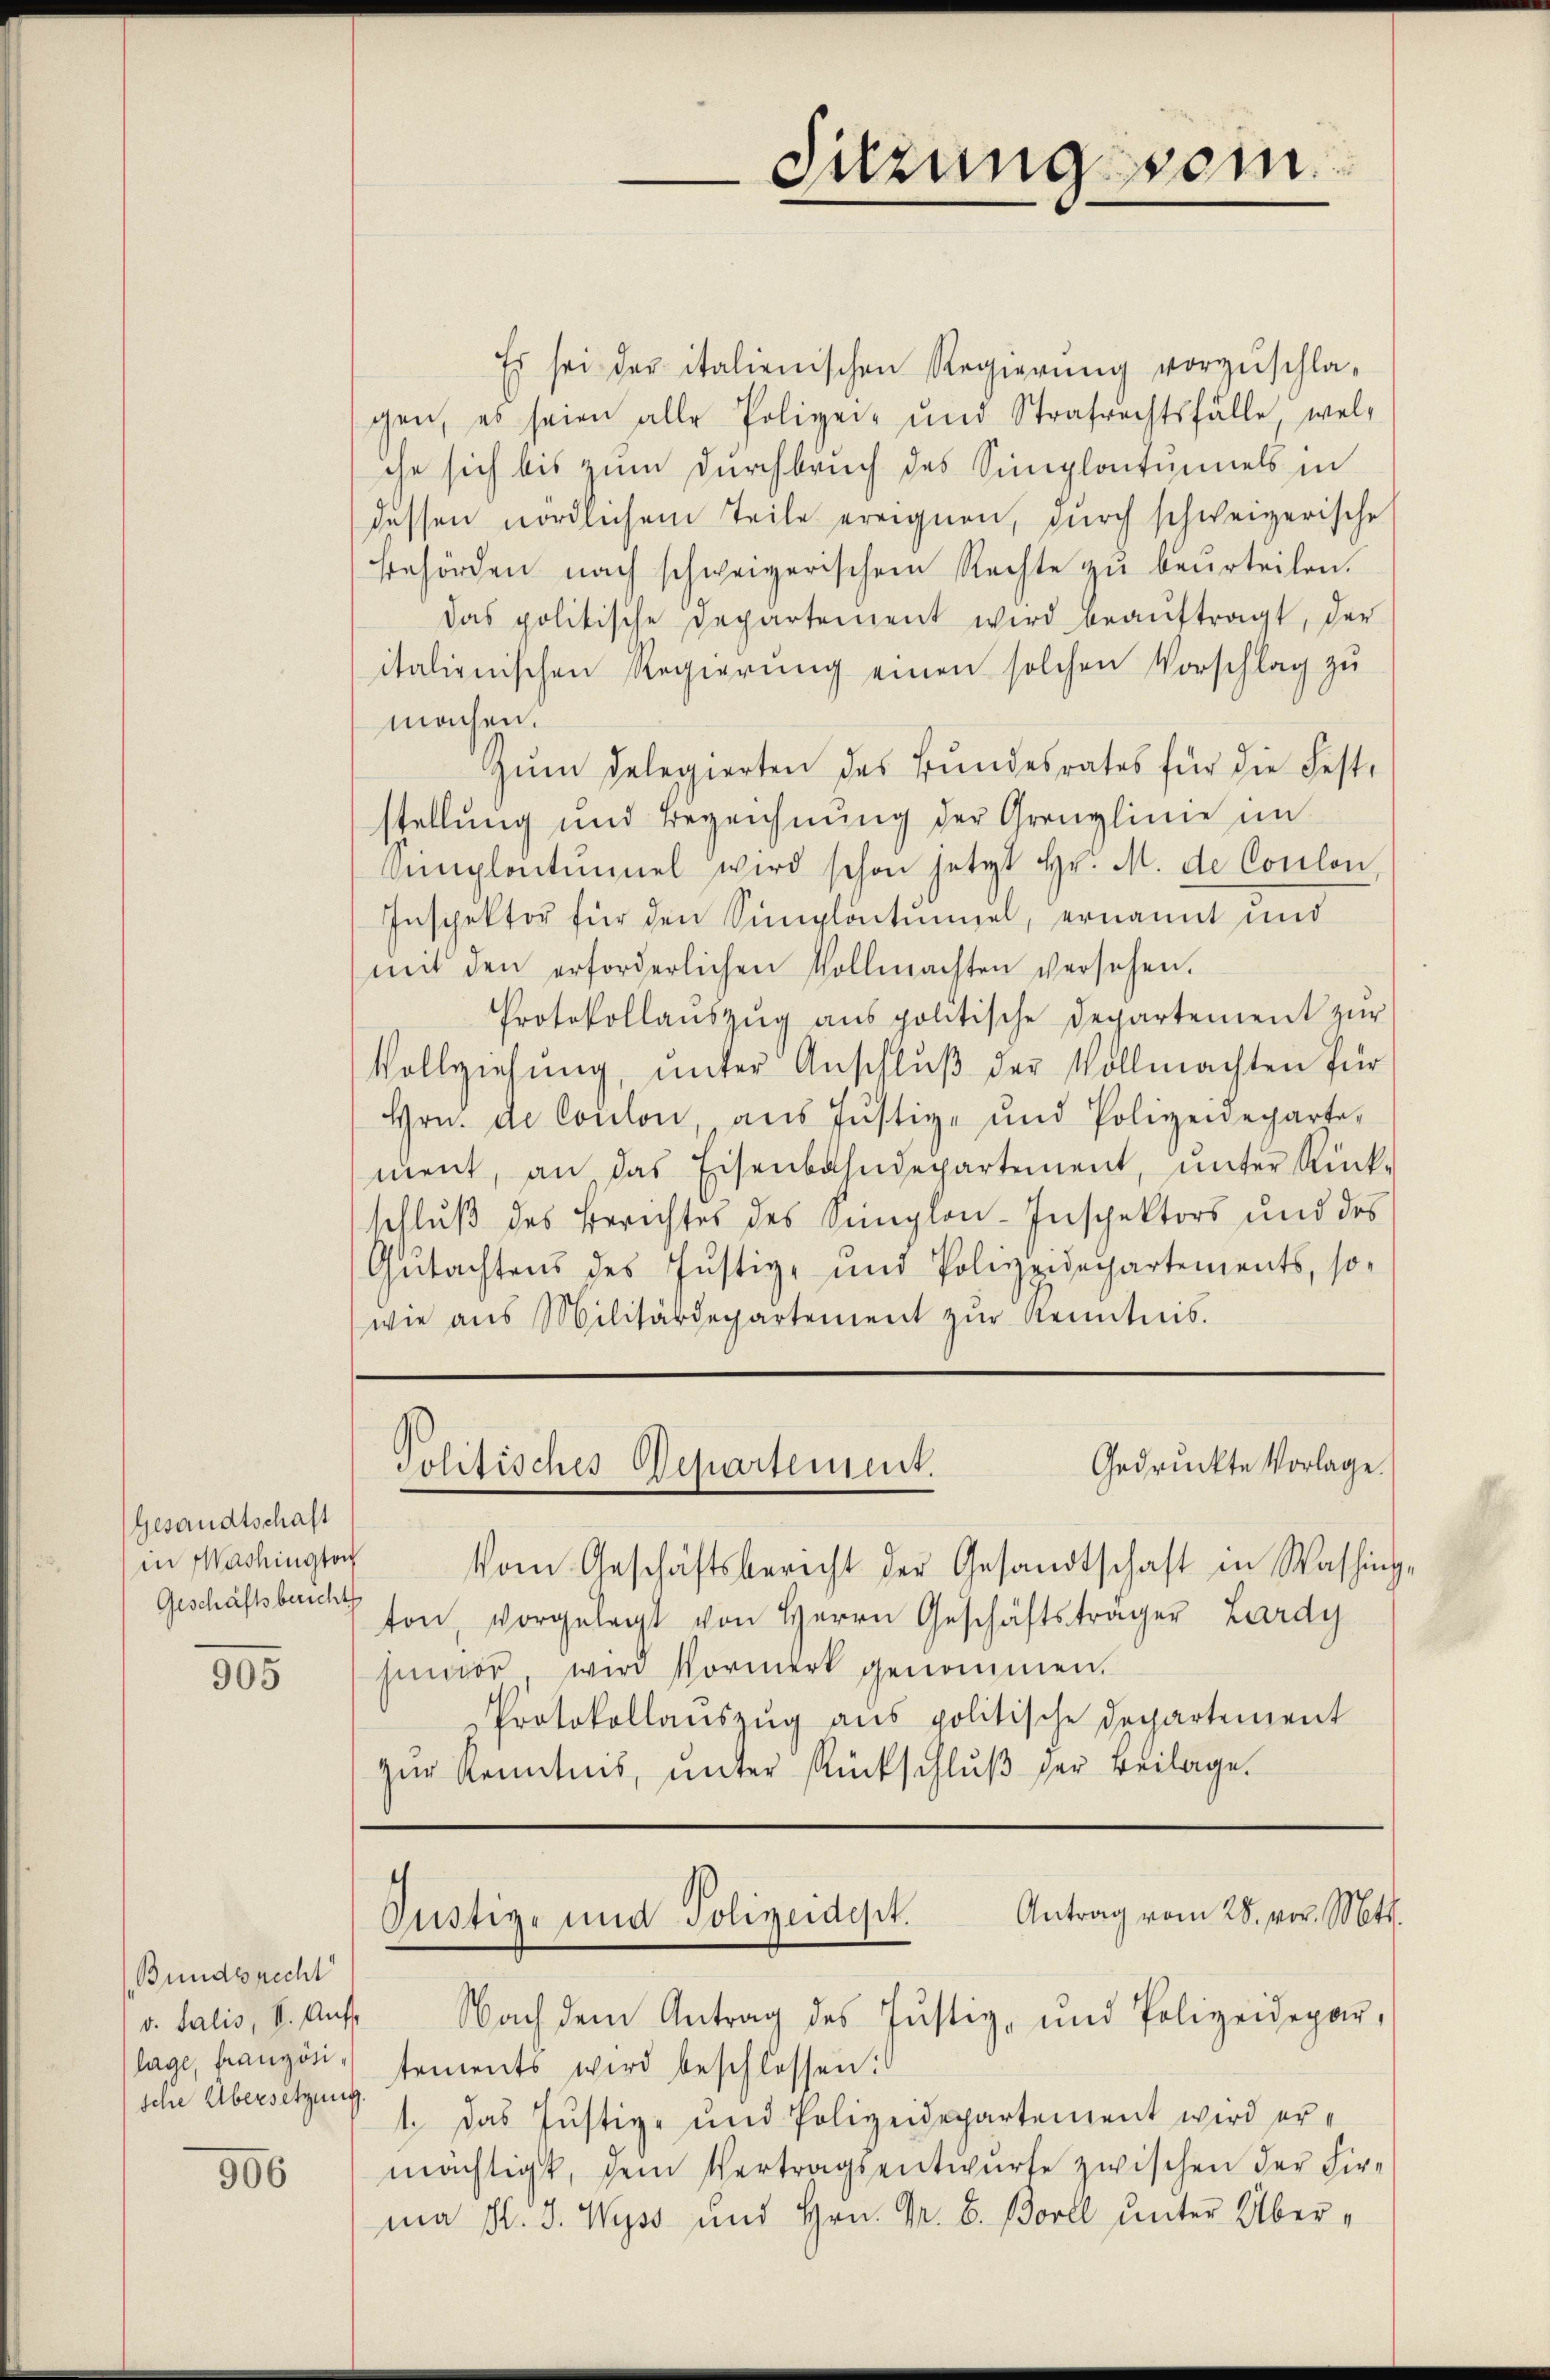
Gesandtschaft
in Washington
Geschäftsbericht

905

Bundesrecht
v. Salis, S. Auf-
sche Übersetzung.

906

Es sei der italienischen Regierŭng vorzŭschla-
gen, es seien alle Polizei- und Strafrechtsfälle, wel-
che sich bis zum Durchbruch des Simplontumels in
dessen nördlichem Teile ereignen, durch schweizerische
behörden nach schweizerischen Rechte zu beurteilen.
das politische Departement wird beaŭftragt, der
italienischen Regierung einen solchen Vorschlag zu
machen.
Zŭm delegierten des Bŭndesrates für die Fest-
stellung und Bezeichnŭng der Grenzlinie im
vemplantŭmmel wird schon jetzt Hr. M. de Coulon,
Inspektor für den Simplactumel, ernannt und
mit den erforderlichen Vollmachten versehen.
Protokollauszug aus politische Departement zur
Vollziehŭng ŭnter Anschlŭβ der Vollmachten für
Hrn. de Coulon ans Jŭstiz- und Polizeideparte-
ment, an das Eisenbahndepartement, ŭnter Rück-
schluß des Berichtes des Simplon-Inspektors und des
Gutachtens des Justiz- und Polizeidepartements, so-
wie aus Militärdepartement zŭr Kenntnis.

Vom Geschäftsbericht der Gesandtschaft in Washing,
ton, vorgelegt von Herrn Geschäftsträger Lardy
humor wird Vormerk genommen.
Protokollaŭszŭg ans politische Departement
zŭr Kenntnis, ŭnter Rückschlŭβ der Beilage.

Suzung sein.

Gedruckte Vorlage.
Politisches Departement.

lage, franzoni tements wird beschlossen:
1. das Justiz- und Polizeidepartement wird er-
mächtigt, dem Vertragsentwurfe zwischen der Firma H. J. Wyss und Hrn. Gr. 8. Borel unter Über¬

Antrag vom 28. vor. Mtt.
Pustiz- und Polizeidept.
Nach dem Antrag des Justiz- und Polizeidepar-